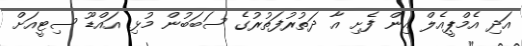
އަދި އެމްޕީއެލް އިން ފެށި އާ ދަތުރުފަތުރުގެ ސަބަބުން މުޅި އައްޑޫ ސިޓީއަށް